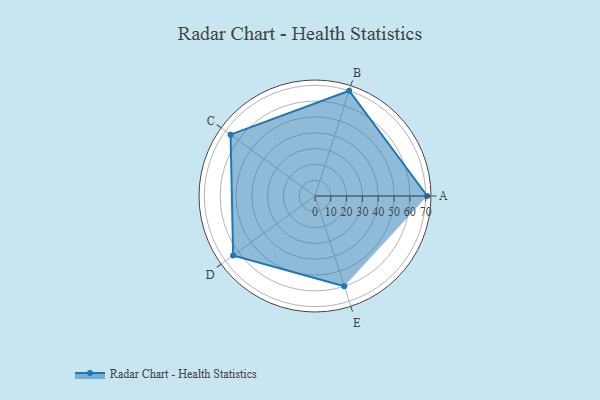
{"axis": {"x": "Skill", "y": "Score"}, "legend": ["Profile"], "data": [{"x": "A", "y": 71.0, "type": "Profile"}, {"x": "B", "y": 70.0, "type": "Profile"}, {"x": "C", "y": 66.0, "type": "Profile"}, {"x": "D", "y": 64.0, "type": "Profile"}, {"x": "E", "y": 60.0, "type": "Profile"}]}